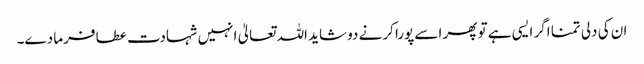
ان کی دلی تمنا اگر ایسی ہے تو پھر اسے پورا کرنے دو شاید اللہ تعالیٰ انہیں شہادت عطا فرما دے۔